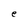
Character: e